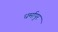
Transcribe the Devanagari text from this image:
धर्मापुर